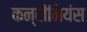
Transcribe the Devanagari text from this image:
कन्वीनियंस